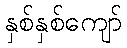
နှစ်နှစ်ကျော်